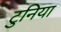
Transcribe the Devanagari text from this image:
टुनिया